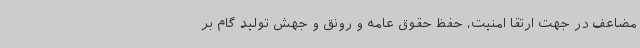
مضاعف در جهت ارتقا امنیت، حفظ حقوق عامه و رونق و جهش تولید گام بر